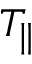
T _ { \| }